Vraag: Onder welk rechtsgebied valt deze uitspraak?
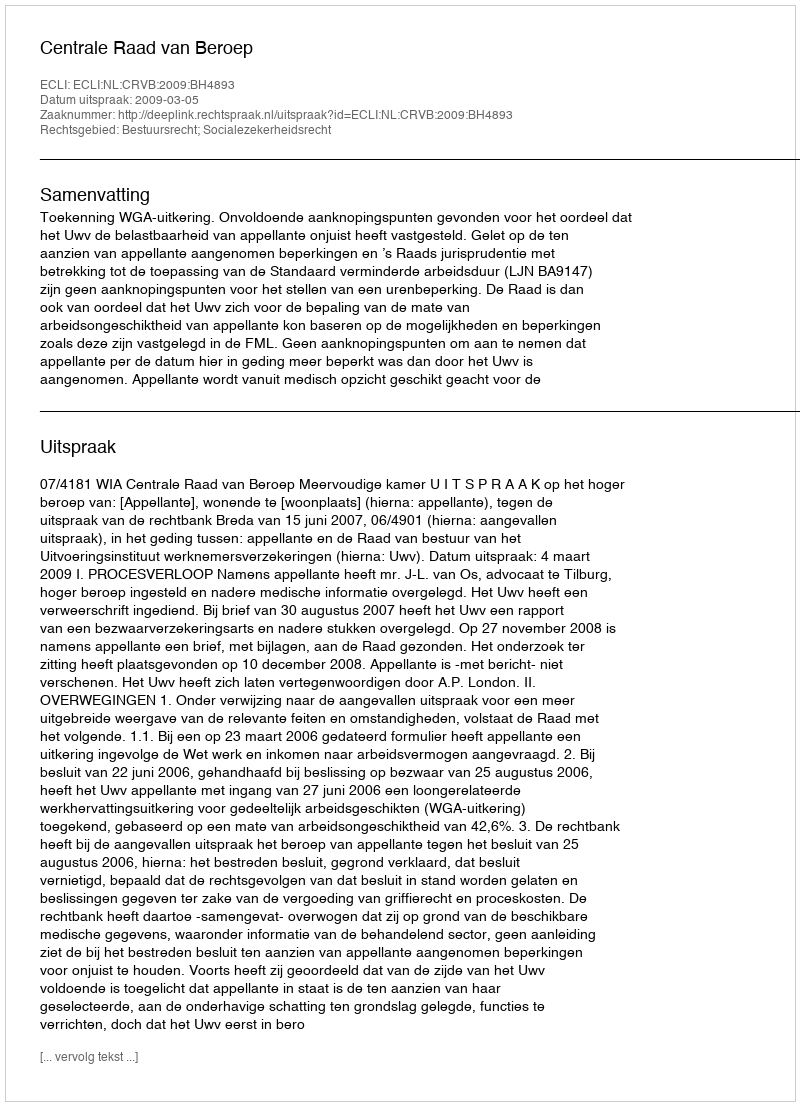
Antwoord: Bestuursrecht; Socialezekerheidsrecht